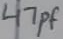
Text: 47pF